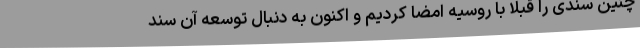
چنین سندی را قبلاً با روسیه امضا کردیم و اکنون به دنبال توسعه آن سند